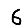
Digit: 6